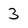
Character: 3